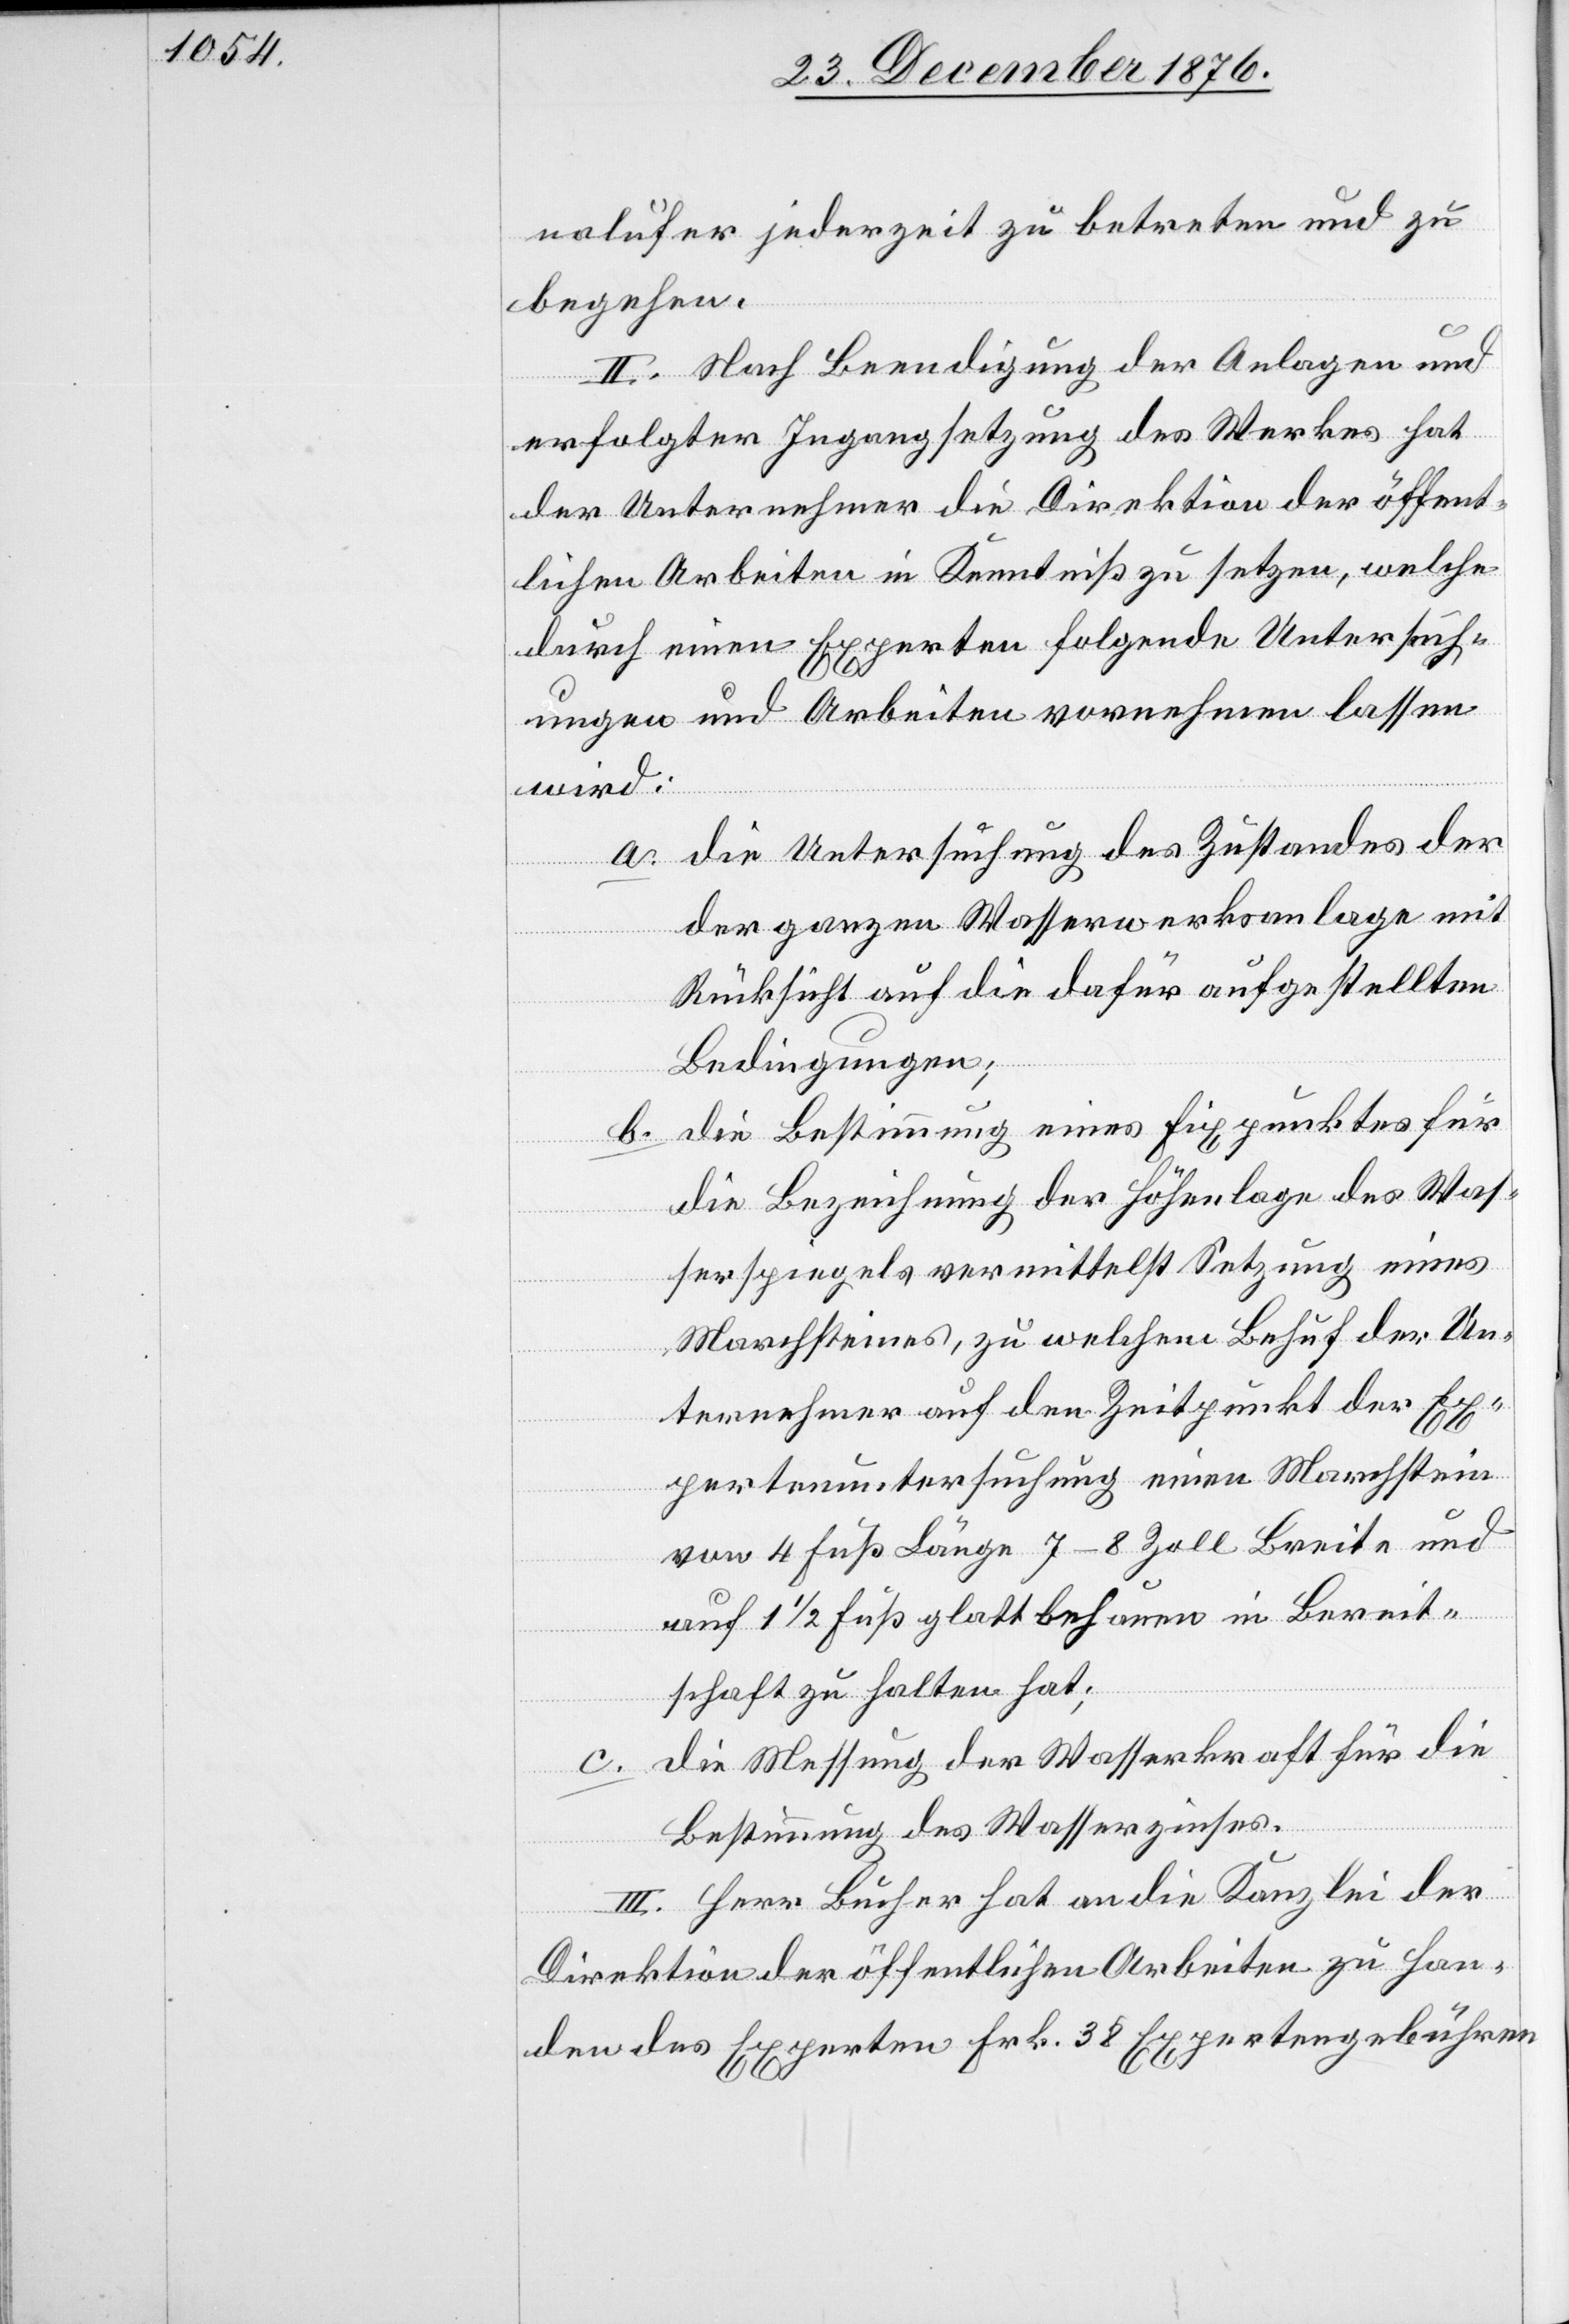
nalufer jederzeit zu betreten und zu
begehen.
II. Nach Beendigung der Anlagen und
erfolgter Ingangsetzung des Werkes hat
der Unternehmer die Direktion der öffent¬
lichen Arbeiten in Kenntniß zu setzen, welche
durch einen Experten folgende Untersuch¬
ungen und Arbeiten vornehmen lassen
wird:
a. die Untersuchung des Zustandes d¬
er ganzen Wasserwerksanlage mit
Rücksicht auf die dafür aufgestellten
Bedingungen;
b. die Bestimmung eines Fixpunktes für
die Bezeichnung der Höhenlage des Was¬
serspiegels vermittelst Setzung eines
Marchsteines, zu welchem Behuf der Un¬
ternehmer auf den Zeitpunkt der Ex¬
pertenuntersuchung einen Marchstein
von 4 Fuß Länge 7–8 Zoll Breite und
auf 1 1/2 Fuß glatt behauen in Bereit¬
schaft zu halten hat;
c. die Messung der Wasserkraft für die
Bestimmung des Wasserzinses.
III. Herr Bucher hat an die Kanzlei der
Direktion der öffentlichen Arbeiten zu Han¬
den des Experten Frk. 38 Expertengebühren